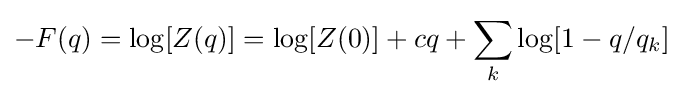
-F(q)=\log[Z(q)]=\log[Z(0)]+cq+\sum _{k}\log[1-q/q_{k}]